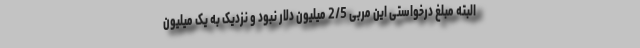
البته مبلغ درخواستی این مربی 2/5 میلیون دلار نبود و نزدیک به یک میلیون